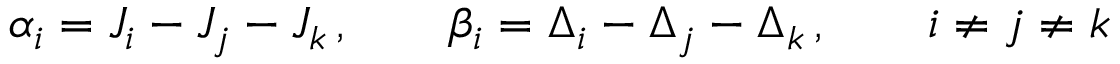
\alpha _ { i } = J _ { i } - J _ { j } - J _ { k } \, , \qquad \beta _ { i } = \Delta _ { i } - \Delta _ { j } - \Delta _ { k } \, , \qquad i \neq j \neq k